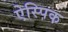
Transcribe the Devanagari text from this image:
ऐस्पिक